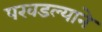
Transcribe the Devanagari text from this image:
परवडल्याने